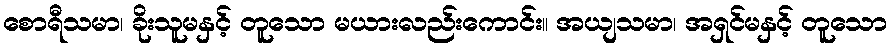
စောရီသမာ၊ ခိုးသူမနှင့် တူသော မယားလည်းကောင်း။ အယျသမာ၊ အရှင်မနှင့် တူသော